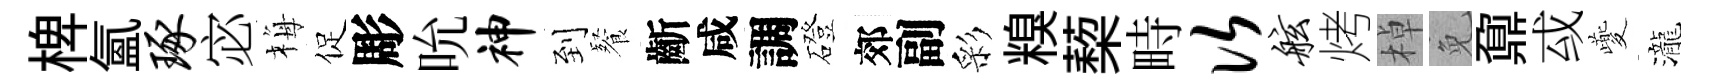
椑氲琢宓梅促彫吮神到餐齗咸調磴郊副彩糗蔾畤次舷烤棹免鼐㦯夔瀧